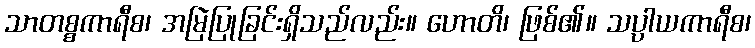
သာတစ္စကာရီစ၊ အမြဲပြုခြင်းရှိသည်လည်း။ ဟောတိ၊ ဖြစ်၏။ သပ္ပါယကာရီစ၊